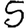
Digit: 5